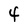
Character: 4